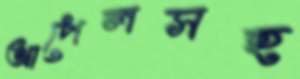
আপেলসহ